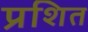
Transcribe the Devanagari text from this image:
प्रशित